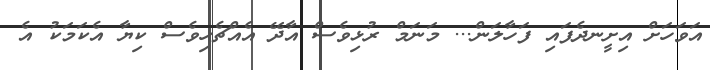
އަވަހަށް އިށީނދެފައި ފަހާލަން... މަނަމް ރުޅިވެސް އާދޭ އެއްޗެހިވެސް ކިޔާ އެކަމަކު އެ